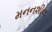
મનનશીલ